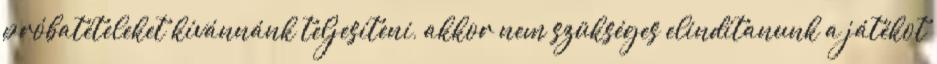
próbatételeket kívánnánk teljesíteni, akkor nem szükséges elindítanunk a játékot